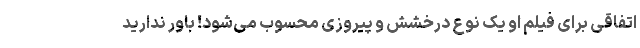
اتفاقی برای فیلم او یک نوع درخشش و پیروزی محسوب می‌شود! باور ندارید